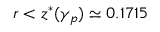
r < z ^ { * } ( \gamma _ { p } ) \simeq 0 . 1 7 1 5